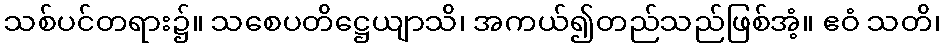
သစ်ပင်တရား၌။ သစေပတိဋ္ဌေယျာသိ၊ အကယ်၍တည်သည်ဖြစ်အံ့။ ဧဝံ သတိ၊